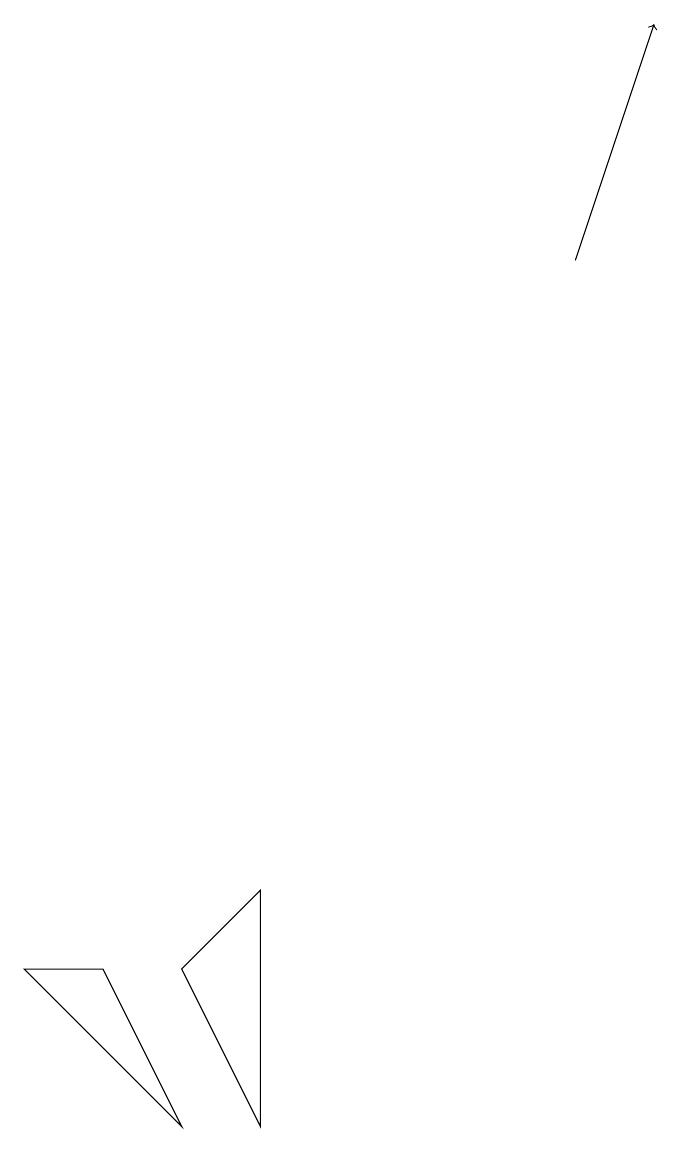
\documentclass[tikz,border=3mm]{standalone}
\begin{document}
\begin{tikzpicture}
\draw[->] (8,12) -- (9,15);
\draw (1,3) -- (2,3) -- (3,1) -- cycle;
\draw (4,4) -- (3,3) -- (4,1) -- cycle;
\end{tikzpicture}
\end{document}